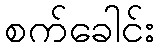
စက်ခေါင်း